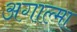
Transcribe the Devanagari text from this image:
अगाल्मा